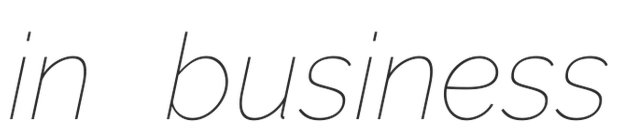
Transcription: in business